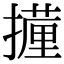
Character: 𭢧